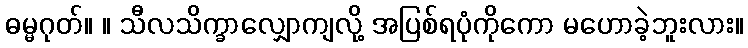
ဓမ္မဂုတ်။ ။ သီလသိက္ခာလျှောကျလို့ အပြစ်ရပုံကိုကော မဟောခဲ့ဘူးလား။